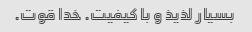
بسیار لذیذ و با کیفیت. خدا قوت.